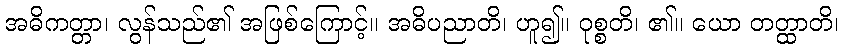
အဓိကတ္တာ၊ လွန်သည်၏ အဖြစ်ကြောင့်။ အဓိပညာတိ၊ ဟူ၍။ ဝုစ္စတိ၊ ၏။ ယော တတ္ထာတိ၊